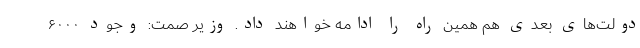
دولت‌های بعدی هم همین راه را ادامه خواهند داد. وزیر صمت: وجود ۶۰۰۰